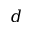
d